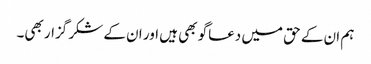
ہم ان کے حق میں دعاگو بھی ہیں اور ان کے شکر گزار بھی۔